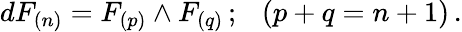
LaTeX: dF_{(n)}=F_{(p)}\wedge F_{(q)}\, ;\ \ \ (p+q=n+1)\, .